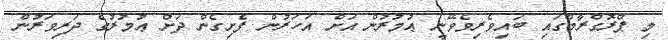
މި ޕްރޮގްރާމްގައި ބައިވެރިވެވޭނީ ޢުމުރުން އަށް އަހަރުން ފެށިގެން ދަށް ޢުމުރުގެ ދަރިވަރުން